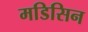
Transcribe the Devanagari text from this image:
मडिसिन